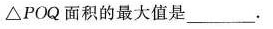
△POQ面积的最大值是___.